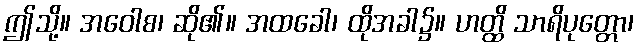
ဤသို့။ အဝေါစ၊ ဆို၏။ အထခေါ၊ ထိုအခါ၌။ ဟတ္ထိ သာရိပုတ္တော၊